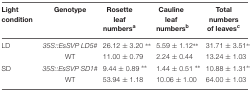
| Light condition | Genotype | Rosette leaf numbersa | Cauline leaf numbersb | Total numbers of leavesc |
 | --- | --- | --- | --- | --- |
 | LD | 35S::EsSVP LD5# | 26.12 ± 3.20 ∗∗ | 5.59 ± 1.12∗∗ | 31.71 ± 3.51∗∗ |
 |  | WT | 11.00 ± 0.79 | 2.24 ± 0.44 | 13.24 ± 1.03 |
 | SD | 35S::EsSVP SD1# | 9.44 ± 0.89 ∗∗ | 1.44 ± 0.51 ∗∗ | 10.88 ± 1.31∗∗ |
 |  | WT | 53.94 ± 1.18 | 10.06 ± 1.00 | 64.00 ± 1.03 |